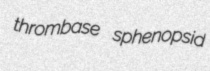
thrombase sphenopsid